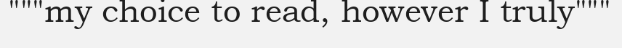
"""my choice to read, however I truly"""